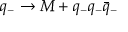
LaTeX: q _ { - } \rightarrow M + q _ { - } q _ { - } \bar { q } _ { - }